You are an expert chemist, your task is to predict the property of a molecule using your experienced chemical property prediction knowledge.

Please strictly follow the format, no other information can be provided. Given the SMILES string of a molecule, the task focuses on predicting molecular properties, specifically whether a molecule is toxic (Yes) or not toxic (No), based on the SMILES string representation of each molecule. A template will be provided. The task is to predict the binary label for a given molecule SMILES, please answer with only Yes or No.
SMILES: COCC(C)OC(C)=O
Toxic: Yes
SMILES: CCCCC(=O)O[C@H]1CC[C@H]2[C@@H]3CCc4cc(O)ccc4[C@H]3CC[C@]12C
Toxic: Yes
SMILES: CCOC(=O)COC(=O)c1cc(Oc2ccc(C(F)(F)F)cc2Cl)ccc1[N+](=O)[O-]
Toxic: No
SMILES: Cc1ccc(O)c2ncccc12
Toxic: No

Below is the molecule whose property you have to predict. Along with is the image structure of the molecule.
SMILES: CN1Cc2c(N)cccc2C(c2ccccc2)C1
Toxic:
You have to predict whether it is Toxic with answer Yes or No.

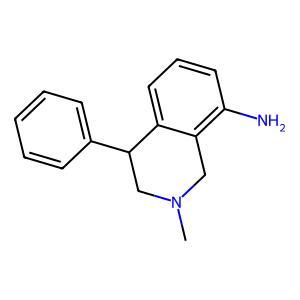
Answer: No